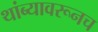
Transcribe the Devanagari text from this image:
थांब्यावरूनच